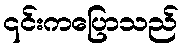
၎င်းကပြောသည်